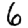
Digit: 6